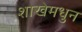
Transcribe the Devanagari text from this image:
शाखेमधुन